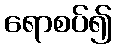
ရောစပ်၍